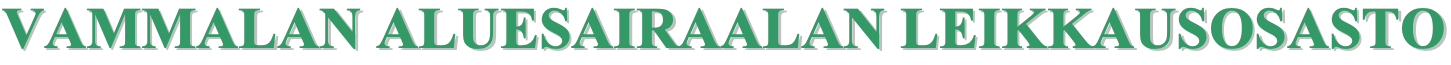
VVAAMMMMAALLAANN AALLUUEESSAAIIRRAAAALLAANN LLEEIIKKKKAAUUSSOOSSAASSTTOO